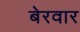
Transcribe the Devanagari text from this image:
बेरवार